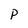
Character: p